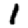
Digit: 1